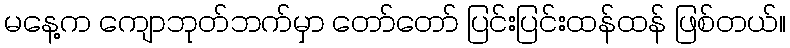
မနေ့က ကျောဘုတ်ဘက်မှာ တော်တော် ပြင်းပြင်းထန်ထန် ဖြစ်တယ်။